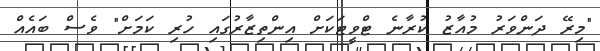
"މިރޭ ދަންވަރު މުއާޒު ކުރާނެ ޓްވީޓަކަށް އިންތިޒާރުގައި ހުރި ކަމަށް" ވެސް ބައެއް